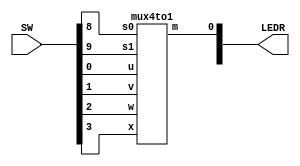
//SW[9] select signal

//LEDR[0] output display

module mux2(LEDR, SW);
    input [9:0] SW;
    output [9:0] LEDR;

    mux4to1 u0(
        .u(SW[0]),
        .v(SW[1]),
        .w(SW[2]),
		  .x(SW[3]),
		  .s0(SW[8]),
		  .s1(SW[9]),
        .m(LEDR[0])
        );
endmodule

module mux4to1(u,v,w,x,s0,s1,m);
	input u; // selected when s1 is 0 and s0 is 0
	input v; // selected when s1 is 0 and s0 is 1
	input w; //selected when s1 is 1 and s0 is 0
	input x; //selected when s1 is 1 and s0 is 1
	input s0;
	input s1;
	output m;
	
	wire connection1;
	wire connection2;
	
	mux2to1 m0(
        .x(u),
        .y(v),
        .s(s0),
        .n(connection1)
        );
		  
	mux2to1 m1(
        .x(w),
        .y(x),
        .s(s0),
        .n(connection2)
        );
		  
	mux2to1 m2(
        .x(connection1),
        .y(connection2),
        .s(s1),
        .n(m)
        );
		   
endmodule


module mux2to1(x, y, s, n);
	input x; //selected when s is 0
	input y; //selected when s is 1
   input s; //select signal
   output n; //output
  
    assign n = s & y | ~s & x;

endmodule